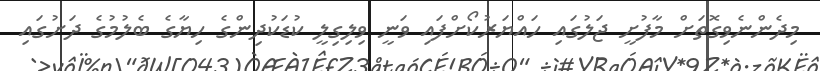
މިދެންނެވިގޮތަށް މާފުށީ ޖަލުގައި ހައްޔަރުކޯށްފައި ވަނީ ވިލިގިލީ ކުޑަކުދިންގެ ހިޔާގެ ބެލުމުގެ ދަށުގައި